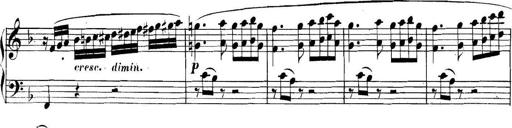
Title: Collected Piano Sonatas
Composer: Muzio Clementi